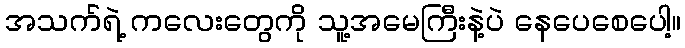
အသက်ရဲ့ ကလေးတွေကို သူ့အမေကြီးနဲ့ပဲ နေပေစေပေါ့။